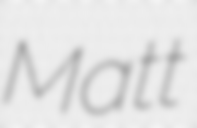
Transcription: Matt